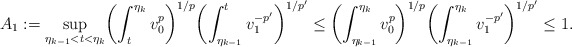
\begin{align*}A_{1}:=\sup_{\eta_{k-1}<t<\eta_k}\biggl(\int_t^{\eta_k} v_0^{p}\biggr)^{1/p}\biggl(\int_{\eta_{k-1}}^t v_1^{-p'}\biggr)^{1/p'}\le\biggl(\int_{\eta_{k-1}}^{\eta_k} v_0^{p}\biggr)^{1/p}\biggl(\int_{\eta_{k-1}}^{\eta_{k}} v_1^{-p'}\biggr)^{1/p'}\le 1.\end{align*}